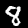
Label: 8